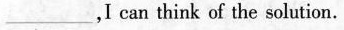
___,I can think of the solution.